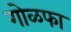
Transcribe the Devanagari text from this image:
गोळफा